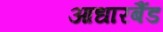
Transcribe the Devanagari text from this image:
आधारबैंड